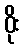
ဝိုး